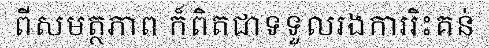
ពីសមត្ថភាព ក៏ពិតជាទទួលរងការរិះគន់